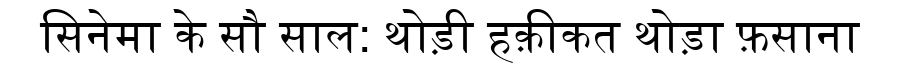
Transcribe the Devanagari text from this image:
सिनेमा के सौ साल: थोड़ी हक़ीकत थोड़ा फ़साना